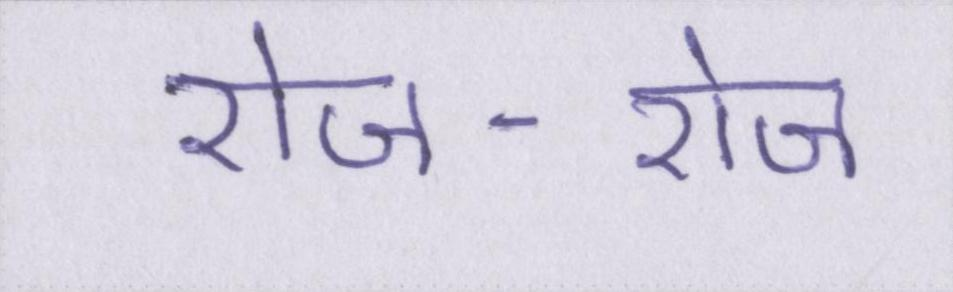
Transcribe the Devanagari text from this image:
रोज-रोज